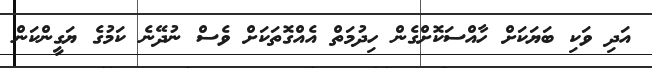
އަދި ވަކި ބަޔަކަށް ހާއްސަކޮށްގެން ހިދުމަތް އެއްގޮތަކަށް ވެސް ނުދޭނެ ކަމުގެ ޔަގީންކަން